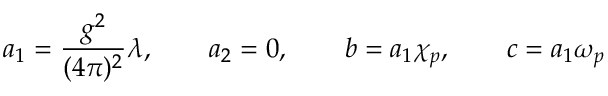
a _ { 1 } = \frac { g ^ { 2 } } { ( 4 \pi ) ^ { 2 } } \lambda , \qquad a _ { 2 } = 0 , \qquad b = a _ { 1 } \chi _ { p } , \qquad c = a _ { 1 } \omega _ { p }